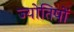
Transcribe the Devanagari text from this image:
ज्याेतिषाें